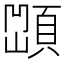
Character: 𩓆